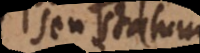
seu statui